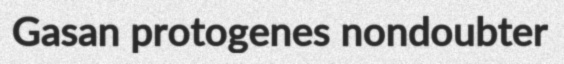
Gasan protogenes nondoubter